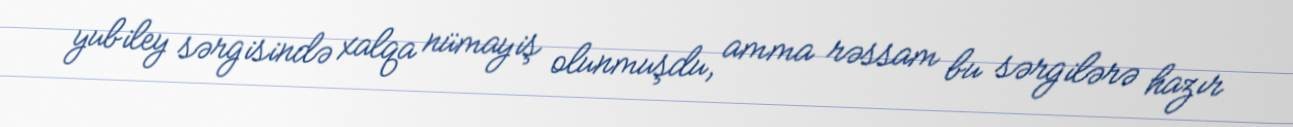
yubiley sərgisində xalqa nümayiş olunmuşdu, amma rəssam bu sərgilərə hazır